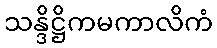
သန္ဒိဋ္ဌိကမကာလိကံ